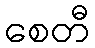
စေတီ